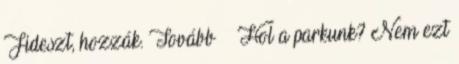
Fideszt, hozzák. Tovább › ›Hol a parkunk? Nem ezt